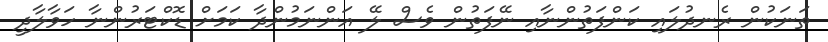
ތަނަކުން ރެނދުލައި ކަންފަތުންނާއި ނޭފަތުން ވެސް ލޭ އަންނަމުންދާ ކަމަށް ޑޮކްޓަރުންނާ ހަވާލާދީ